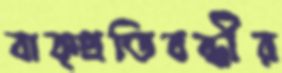
বাক্প্রতিবন্ধীর